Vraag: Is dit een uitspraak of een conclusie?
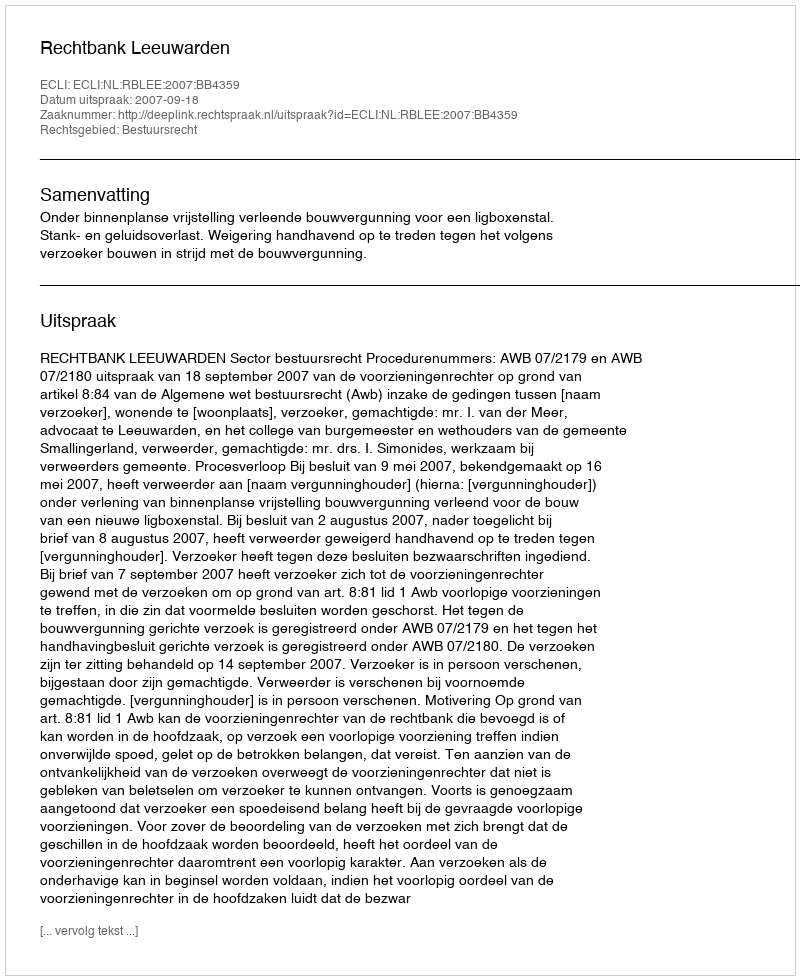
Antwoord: Uitspraak